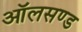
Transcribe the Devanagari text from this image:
ऑलसण्ड